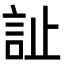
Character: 訨